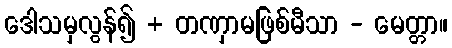
ဒေါသမှလွန်၍ + တဏှာမဖြစ်မီသာ - မေတ္တာ။